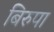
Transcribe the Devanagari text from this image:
बिरुपा